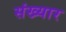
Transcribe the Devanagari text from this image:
संख्यार